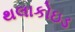
થલાકોઇડ